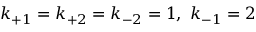
k _ { + 1 } = k _ { + 2 } = k _ { - 2 } = 1 , ~ k _ { - 1 } = 2